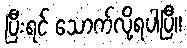
ပြီးရင် သောက်လို့ရပါပြီ။